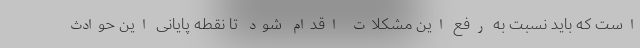
است که باید نسبت به رفع این مشکلات اقدام شود تا نقطه پایانی این حوادث